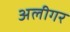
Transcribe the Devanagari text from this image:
अलीगर